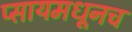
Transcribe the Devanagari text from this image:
प्सायमधूनच